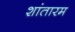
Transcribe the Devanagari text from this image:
शांतारम